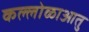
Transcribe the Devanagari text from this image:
कल्लोळाआतु